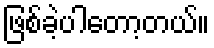
ဖြစ်ခဲ့ပါတော့တယ်။